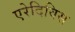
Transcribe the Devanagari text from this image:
एरेदिविस